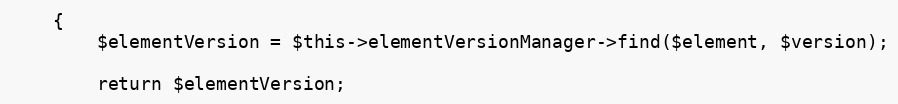
Language: PHP
    {
        $elementVersion = $this->elementVersionManager->find($element, $version);

        return $elementVersion;